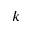
k